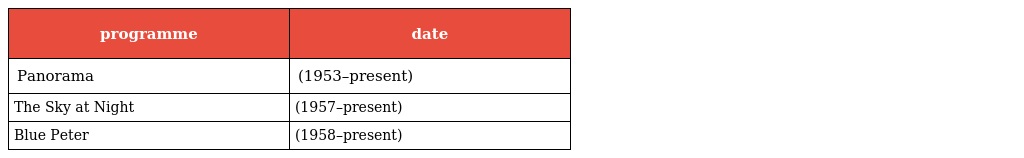
| programme | date |
 | --- | --- |
 | Panorama | (1953–present) |
 | The Sky at Night | (1957–present) |
 | Blue Peter | (1958–present) |